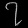
Digit: ၇